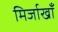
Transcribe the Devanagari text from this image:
मिर्जाखाँ